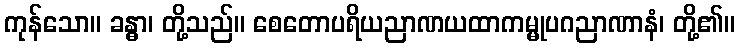
ကုန်သော။ ခန္ဓာ၊ တို့သည်။ စေတောပရိယညာဏယထာကမ္မုပဂညာဏာနံ၊ တို့၏။